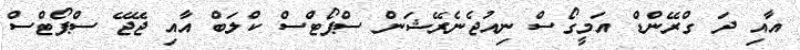
އާއި ދަ ގްރޭންޑް އަމީގޯސް ނިއުޖެނެރޭޝަން ސްޕޯޓްސް ކްލަބް އާއި ޖޭޖޭ ސްޕޯޓްސް